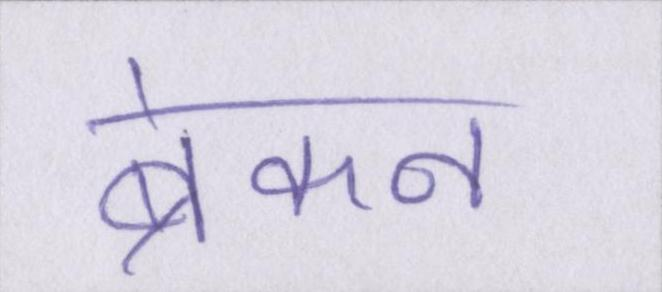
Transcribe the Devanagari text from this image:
ब्रेकन